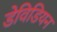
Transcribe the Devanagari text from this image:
डेविडियन